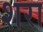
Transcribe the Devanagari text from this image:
शरा